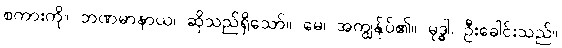
စကားကို။ ဘဏမာနာယ၊ ဆိုသည်ရှိသော်။ မေ၊ အကျွန်ုပ်၏။ မုဒ္ဓါ၊ ဦးခေါင်းသည်။